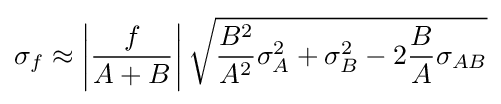
\sigma _{f}\approx \left|{\frac {f}{A+B}}\right|{\sqrt {{\frac {B^{2}}{A^{2}}}\sigma _{A}^{2}+\sigma _{B}^{2}-2{\frac {B}{A}}\sigma _{AB}}}